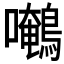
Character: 𱕯